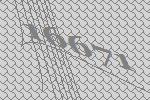
16671